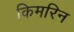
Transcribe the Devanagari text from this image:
किमरिन